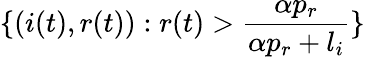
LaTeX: \{ (i(t),r(t)):r(t)>\frac{\alpha p_{r}}{\alpha p_{r}+l_{i}}\}